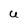
Character: U